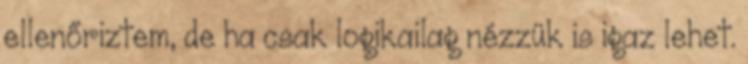
ellenőriztem, de ha csak logikailag nézzük is igaz lehet.